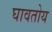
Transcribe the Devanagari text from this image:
घावतोय